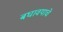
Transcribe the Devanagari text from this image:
बघावयाचे